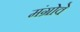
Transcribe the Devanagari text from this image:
मंग्रोवे